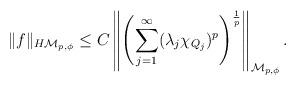
LaTeX: \begin{align*}\|f\|_{H{\mathcal M}_{p,\phi}}\le C\left\|\left(\sum_{j=1}^\infty (\lambda_j \chi_{Q_j})^p\right)^{\frac1p}\right\|_{{\mathcal M}_{p,\phi}}.\end{align*}